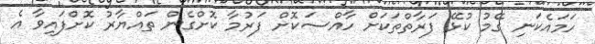
ހަމައެކަނި ގޭމު ކުޅޭ ފަރާތްތަކަށް ހާއްސަކޮށް ފަރުމާ ކޮށްގެން ތައްޔާރު ކޮށްފައިވާ އެ